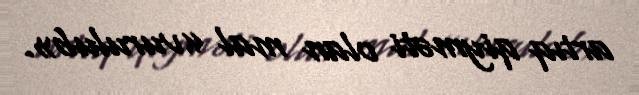
artıq qiyməti olan mal «vurulub».